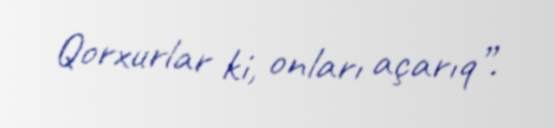
Qorxurlar ki, onları açarıq”.